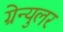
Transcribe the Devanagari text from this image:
ग्रेन्युलर